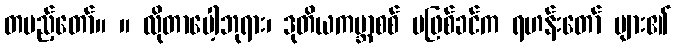
တပည့်တော်။ ။ လိုတာပေါ့ဘုရား၊ ဒုတိယကမ္ဘာစစ် မဖြစ်ခင်က ရဟန်းတော် များ၏